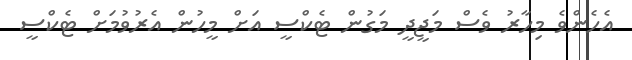
އެހެންވެ މިހާރު ވެސް މަޖީދީ މަގުން ޓެކްސީ އަށް މީހުން އެރުވުމަށް ޓެކްސީ